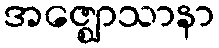
အဇ္ဈောသာနာ